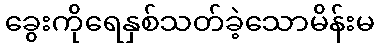
ခွေးကိုရေနှစ်သတ်ခဲ့သောမိန်းမ